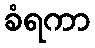
ခံရကာ